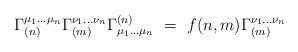
LaTeX: \begin{align*}\Gamma^{\mu_1 \ldots \mu_n}_{(n)} \Gamma^{\nu_1 \ldots \nu_n}_{(m)} \Gamma_{\mu_1 \ldots \mu_n}^{(n)} ~=~ f(n,m) \Gamma^{\nu_1 \ldots \nu_n}_{(m)} \end{align*}